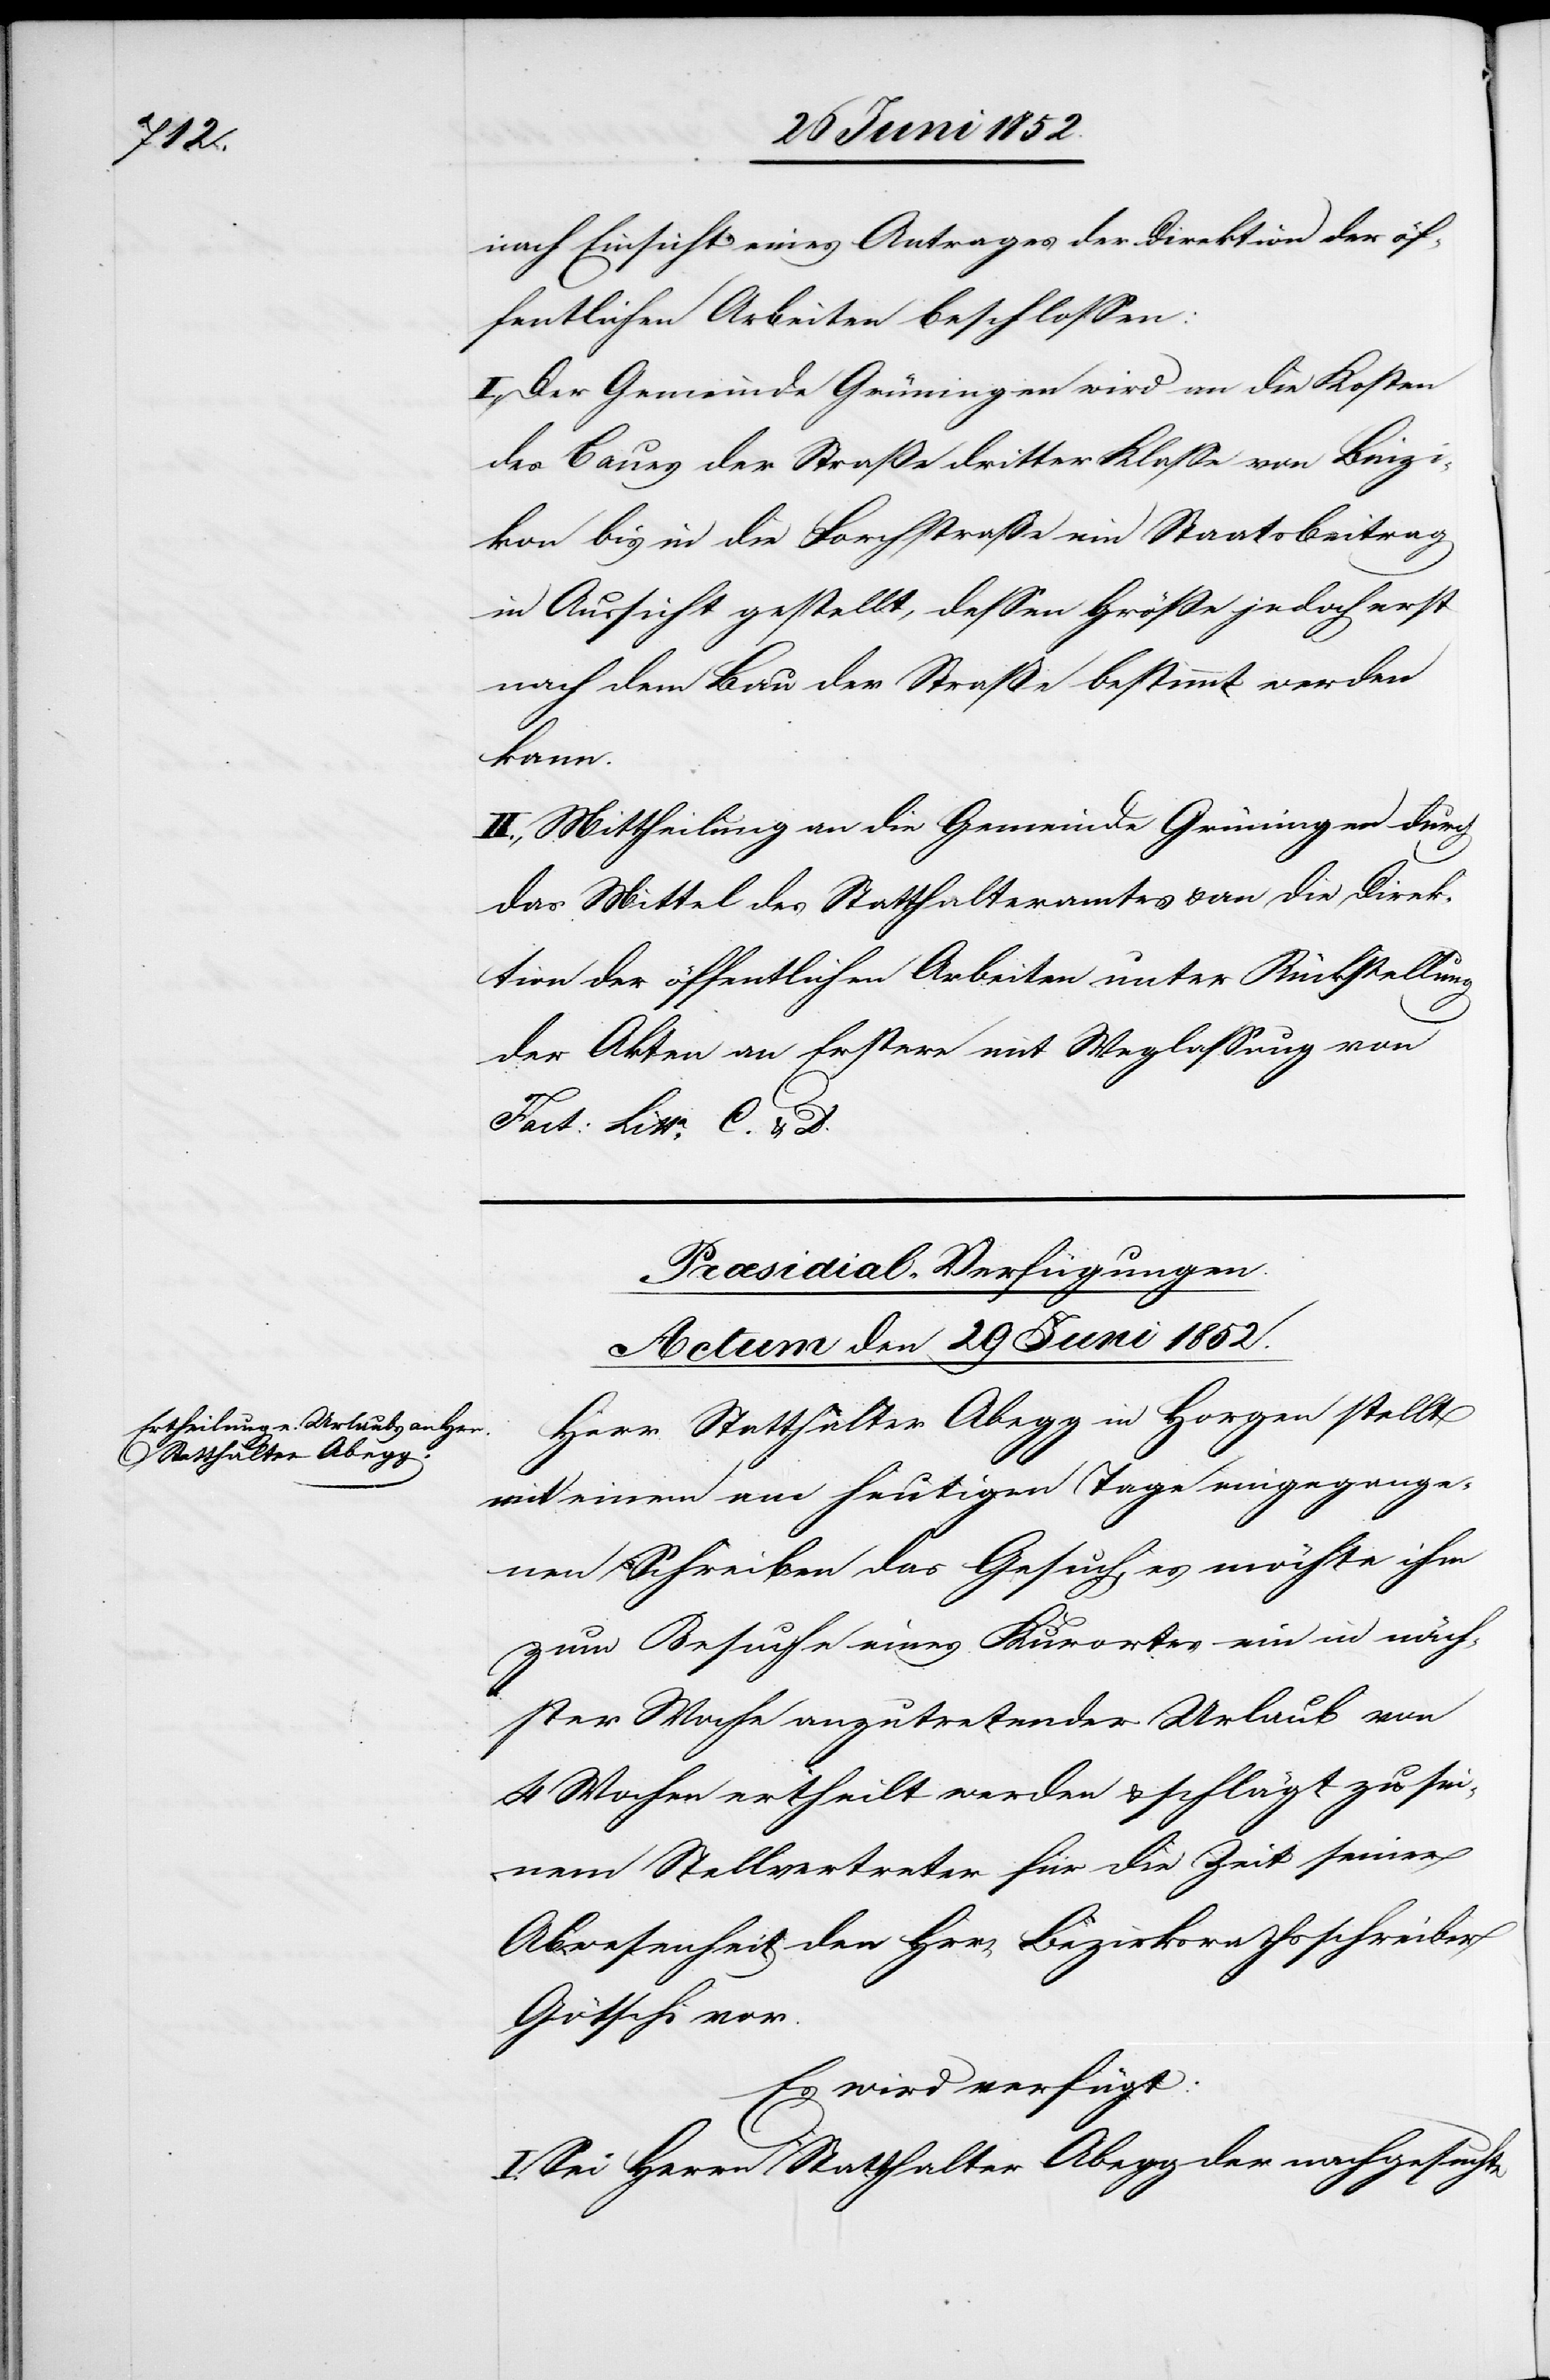
nach Einsicht eines Antrages der Direktion der öf¬
fentlichen Arbeiten beschlossen:
I., Der Gemeinde Grüningen wird an die Kosten
des Baues der Straße dritter Klasse von Binzi¬
kon bis in die Forchstraße ein Staatsbeitrag
in Aussicht gestellt, dessen Größe jedoch erst
nach dem Bau der Straße bestimmt werden
kann.
II., Mittheilung an die Gemeinde Grüningen durch
das Mittel des Statthalteramtes & an die Direk¬
tion der öffentlichen Arbeiten unter Rückstellung
der Akten an Erstere mit Weglassung von
Litta C. & D.
Præsidial-Verfügungen.
Actum den 29 Juni 1852.
Herr Statthalter Abegg in Horgen stellt
mit einem am heutigen Tage eingegange¬
nen Schreiben das Gesuch, es möchte ihm
zum Besuche eines Kurortes ein in näch¬
ster Woche anzutretender Urlaub von
4 Wochen ertheilt werden & schlägt zu sei¬
nem Stellvertreter für die Zeit seiner
Abwesenheit den H[e]rrn Bezirksrathsschreiber
Götschi vor.
Es wird verfügt:
I. Sei Herrn Statthalter Abegg der nachgesuchte